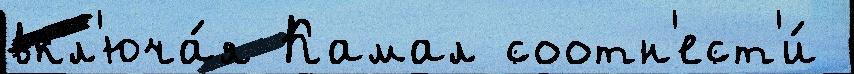
вкл'юча́я Камал соотн'ест'и́